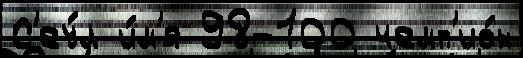
С'еу́л и́м'я 98-100 чемп'ио́н